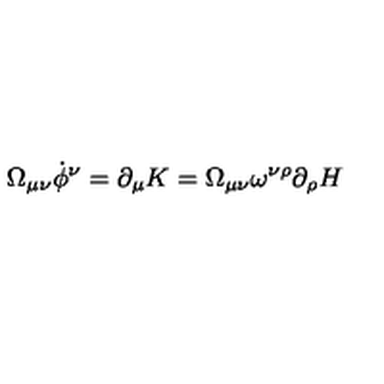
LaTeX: \Omega _ { \mu \nu } \dot { \phi } ^ { \nu } = \partial _ { \mu } K = \Omega _ { \mu \nu } \omega ^ { \nu \rho } \partial _ { \rho } H